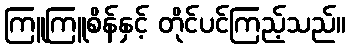
ကြူကြူစိန်နှင့် တိုင်ပင်ကြည့်သည်။